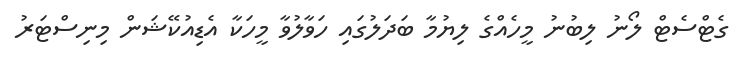
ގެޓްސެޓް ލޯނު ލިބުނު މީހެއްގެ ލިޔުމާ ބަދަލުގައި ހަވާލުވާ މީހަކާ އެޑިއުކޭޝަން މިނިސްޓަރު